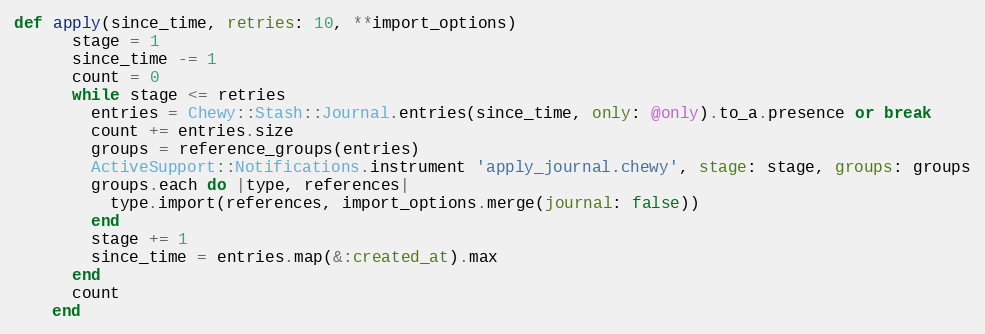
Language: Ruby
def apply(since_time, retries: 10, **import_options)
      stage = 1
      since_time -= 1
      count = 0
      while stage <= retries
        entries = Chewy::Stash::Journal.entries(since_time, only: @only).to_a.presence or break
        count += entries.size
        groups = reference_groups(entries)
        ActiveSupport::Notifications.instrument 'apply_journal.chewy', stage: stage, groups: groups
        groups.each do |type, references|
          type.import(references, import_options.merge(journal: false))
        end
        stage += 1
        since_time = entries.map(&:created_at).max
      end
      count
    end